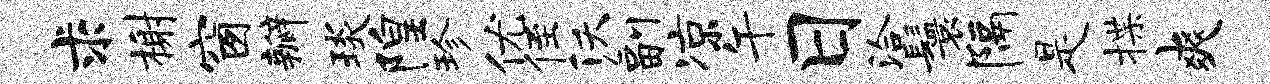
求榭窗瓣琰隍珍优侄沃副凉午日洽鬟隔是揲爽